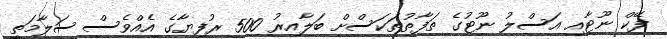
ފޭކް ނޫޓާއި އަސްލު ނޫޓުގެ ތަފާތުތަކަސްށް ބަލާއިރު 500 ރުފިޔާގެ އެއްވެސް ސަލާމަތީ